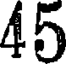
45